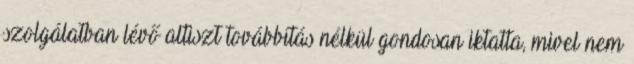
szolgálatban lévő altiszt továbbítás nélkül gondosan iktatta, mivel nem